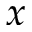
x